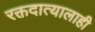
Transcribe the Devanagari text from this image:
रक्तदात्यालाही